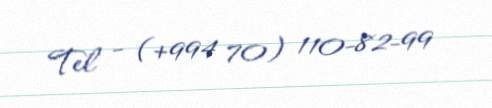
Tel - (+994 70) 110-82-99